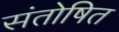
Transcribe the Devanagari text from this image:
संतोषित